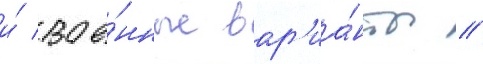
и́ вое́нные вар'иа́нты //